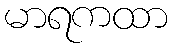
မာရကထာ